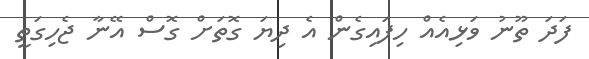
ފަދަ ތޫނު ވަޅިއެއް ހިފައިގެން އެ ދިޔަ ގޮތަށް ގޮސް އޭނާ ޖެހިގަތީ